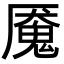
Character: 魇